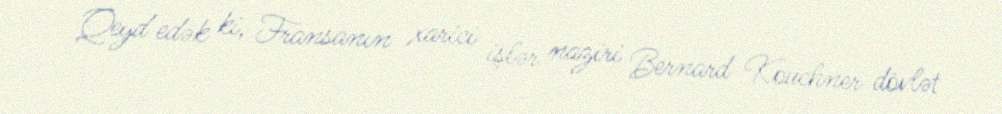
Qeyd edək ki, Fransanın xarici işlər naziri Bernard Kouchner dövlət